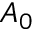
A _ { 0 }